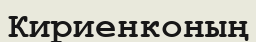
Кириенконың